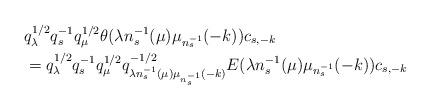
LaTeX: \begin{align*}&q_{\lambda}^{1/2}q_s^{-1}q_\mu^{1/2}\theta(\lambda n_s^{-1}(\mu)\mu_{n_s^{-1}}(-k))c_{s,-k}\\&=q_{\lambda}^{1/2}q_s^{-1}q_\mu^{1/2}q_{\lambda n_s^{-1}(\mu)\mu_{n_s^{-1}}(-k)}^{-1/2}E(\lambda n_s^{-1}(\mu)\mu_{n_s^{-1}}(-k))c_{s,-k}\end{align*}